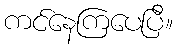
ကင်နေကြပေပြီ။